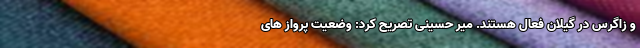
و زاگرس در گیلان فعال هستند. میر حسینی تصریح کرد: وضعیت پرواز های